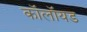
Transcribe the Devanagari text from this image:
कॉलॉयड